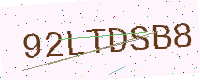
Text: 92LTDSB8